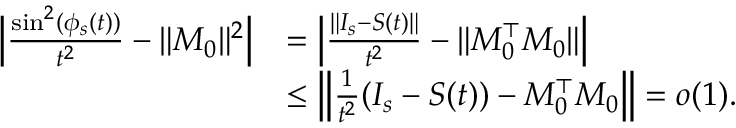
\begin{array} { r l } { \Big | \frac { \sin ^ { 2 } ( \phi _ { s } ( t ) ) } { t ^ { 2 } } - \| M _ { 0 } \| ^ { 2 } \Big | } & { = \Big | \frac { \| I _ { s } - S ( t ) \| } { t ^ { 2 } } - \| M _ { 0 } ^ { \top } M _ { 0 } \| \Big | } \\ & { \le \Big \| \frac { 1 } { t ^ { 2 } } ( I _ { s } - S ( t ) ) - M _ { 0 } ^ { \top } M _ { 0 } \Big \| = o ( 1 ) . } \end{array}